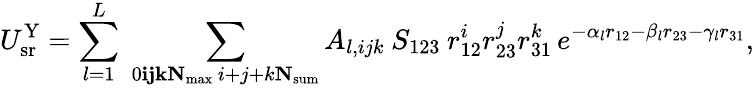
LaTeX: U_{\mathrm{sr}}^{\mathrm{Y}}=\sum_{l=1}^{L}\; \sum_{\substack{0\le i\le j\le k\le N_{\mathrm{max}}\, i+j+k\le N_{\mathrm{sum}}}}A_{l,ijk}\: S_{123}\: r_{12}^{i}r_{23}^{j}r_{31}^{k}\, e^{-\alpha_{l}r_{12}-\beta_{l}r_{23}-\gamma_{l}r_{31}},